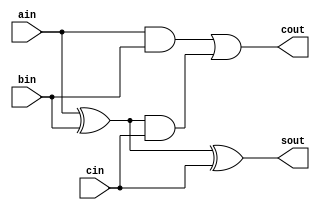
module FA (cin, ain, bin, sout, cout);

input wire cin, ain, bin;
output wire sout, cout;

assign sout = ain ^ bin ^ cin;
assign cout = (ain & bin) | ((ain ^ bin) & cin);

endmodule